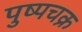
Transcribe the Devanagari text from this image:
पुष्पचक्र